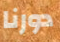
دورنا